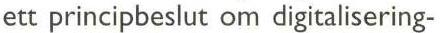
ett principbeslut om digitalisering-